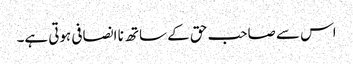
اس سے صاحب حق کے ساتھ نا انصافی ہوتی ہے۔